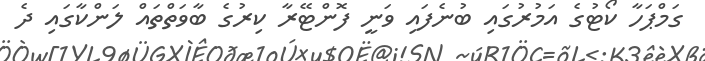
ގަމްޕަހާ ކޯޓުގެ އަމުރުގައި ބުނެފައި ވަނީ ފޮންޓޭރާ ކިރުގެ ބާވަތްތައް ލަންކާގައި ދެ